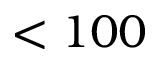
< 1 0 0